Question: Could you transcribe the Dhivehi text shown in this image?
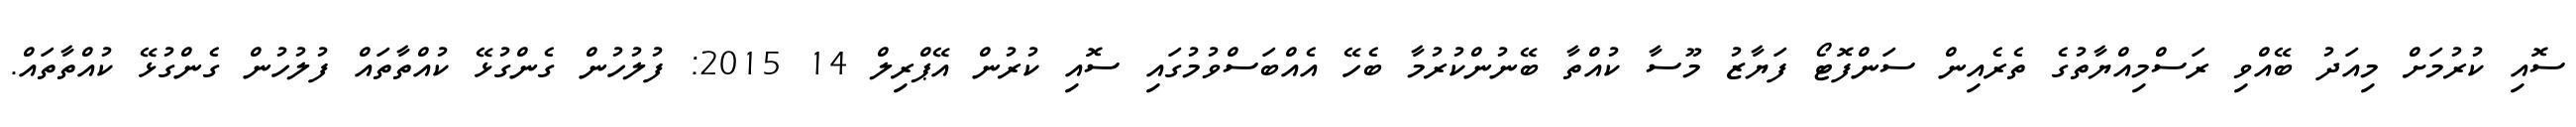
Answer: ސޮއި ކުރުމަށް މިއަދު ބޭއްވި ރަސްމިއްޔާތުގެ ތެރެއިން ސަންފޮޓޯ ފަޔާޒު މޫސާ ކުއްތާ ބޭނުންކުރުމާ ބެހޭ އެއްބަސްވުމުގައި ސޮއި ކުރުން އޭޕްރިލް 14 2015: ފުލުހުން ގެންގުޅޭ ކުއްތާތައް ފުލުހުން ގެންގުޅޭ ކުއްތާތައް.